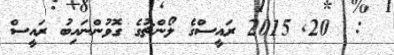
:  20